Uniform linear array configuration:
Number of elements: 64
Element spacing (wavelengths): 1
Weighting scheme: exponential
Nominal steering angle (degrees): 45
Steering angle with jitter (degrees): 44.03
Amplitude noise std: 0.05
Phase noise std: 0.05

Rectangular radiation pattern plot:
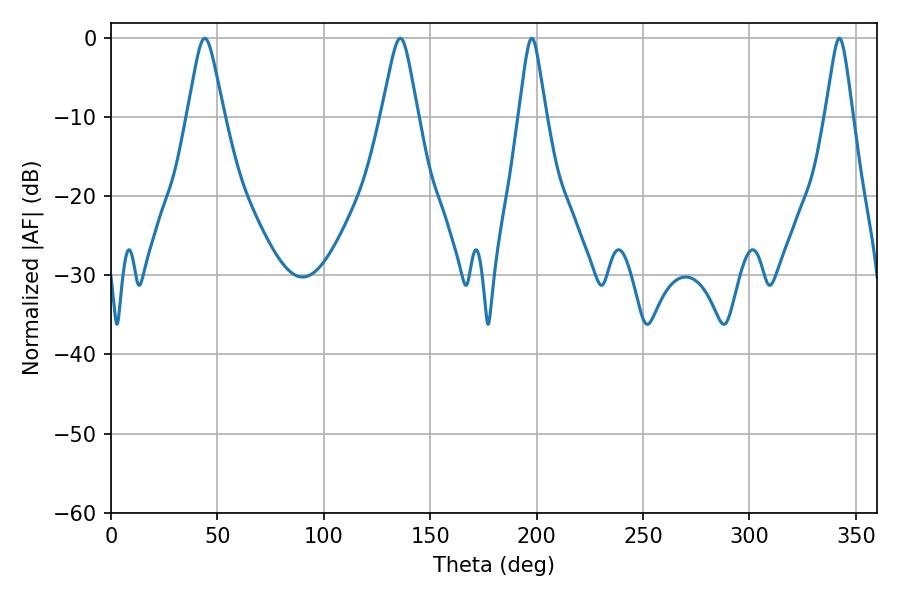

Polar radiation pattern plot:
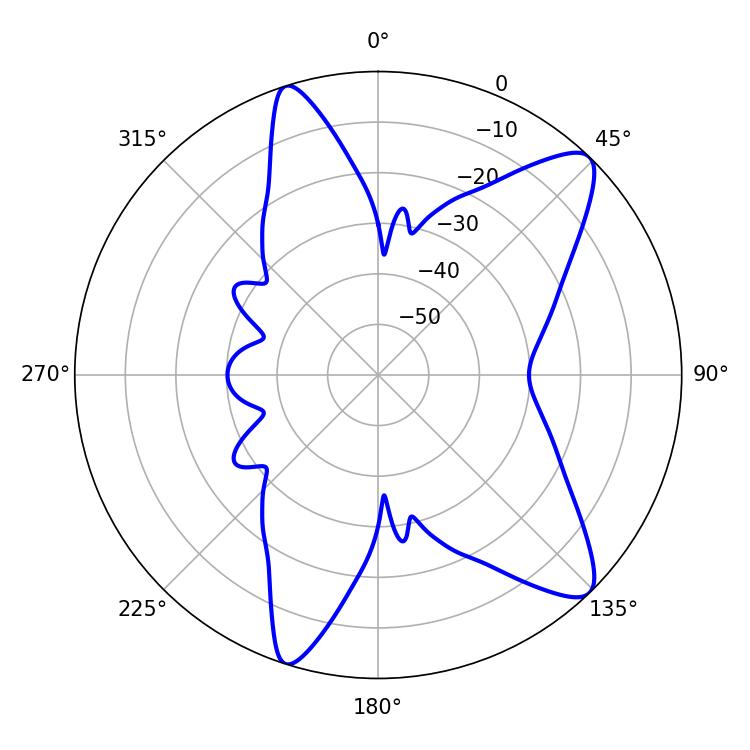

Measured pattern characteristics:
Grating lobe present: TRUE
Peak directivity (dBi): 10.934
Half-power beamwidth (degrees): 8.1
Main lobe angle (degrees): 44.1